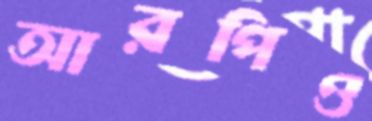
আরপিও